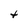
Character: t